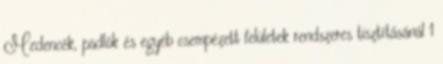
Medencék, padlók és egyéb csempézett felületek rendszeres tisztításánál 1